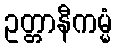
ဥတ္တာနီကမ္မံ